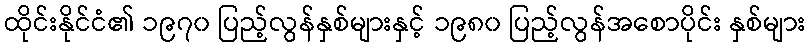
ထိုင်းနိုင်ငံ၏ ၁၉၇၀ ပြည့်လွန်နှစ်များနှင့် ၁၉၈၀ ပြည့်လွန်အစောပိုင်း နှစ်များ